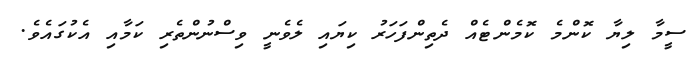
ސީމާ ލިޔާ ކޮންމެ ކޮމެންޓެއް ދެތިންފަހަރު ކިޔައި ލެވެނީ ވިސްނުންތެރި ކަމާއި އެކުގައެވެ.